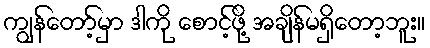
ကျွန်တော့်မှာ ဒါကို စောင့်ဖို့ အချိန်မရှိတော့ဘူး။